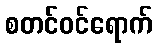
စတင်ဝင်ရောက်